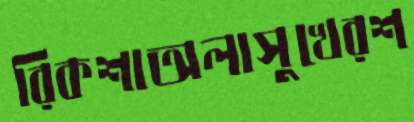
রিকশাঅলাসুখেরশ